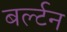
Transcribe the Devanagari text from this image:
बर्ल्टन